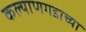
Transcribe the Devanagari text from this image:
कल्याणगडाच्या